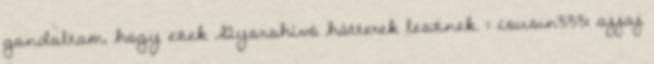
gondoltam, hogy ezek Gyorshívó hátterek lesznek. : cousin333: ajjaj